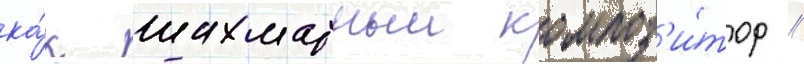
ка́к шахматныи композ'и́тор //